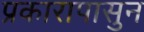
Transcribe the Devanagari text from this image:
प्रकारापासुन